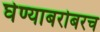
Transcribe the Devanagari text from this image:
घेण्याबरोबरच